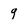
Character: q